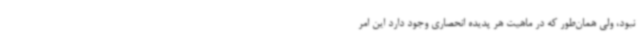
نبود، ولی همان‌طور که در ماهیت هر پدیده انحصاری وجود دارد این امر